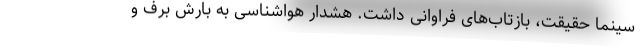
سینما حقیقت، بازتاب‌های فراوانی داشت. هشدار هواشناسی به بارش برف و